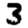
Digit: 3